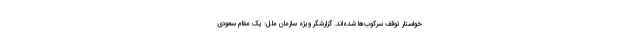
خواستار توقف سرکوب‌ها شده‌اند. گزارشگر ویژه سازمان ملل: یک مقام سعودی